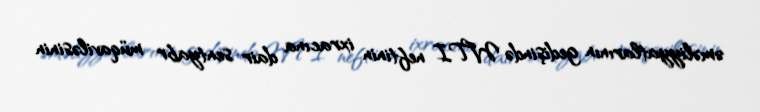
əməliyyatlarının gedişində WTI neftinin ixracına dair sentyabr müqaviləsinin